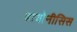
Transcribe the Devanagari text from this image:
डायोनीसिस